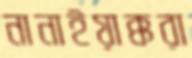
নানাইয়াক্করা